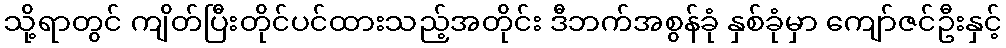
သို့ရာတွင် ကျိတ်ပြီးတိုင်ပင်ထားသည့်အတိုင်း ဒီဘက်အစွန်ခုံ နှစ်ခုံမှာ ကျော်ဇင်ဦးနှင့်